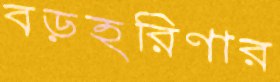
বড়হরিণার